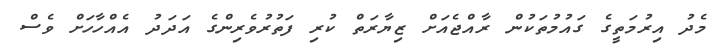
މެދު އިރުމަތީގެ ގައުމުތަކުން ރާއްޖެއަށް ޒިޔާރަތް ކުރި ފަތުރުވެރިންގެ އަދަދު އެއްހާހަށް ވެސް